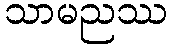
သာမညဿ